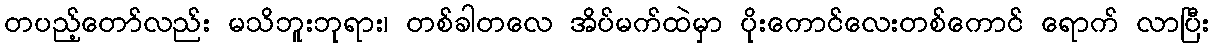
တပည့်တော်လည်း မသိဘူးဘုရား၊ တစ်ခါတလေ အိပ်မက်ထဲမှာ ပိုးကောင်လေးတစ်ကောင် ရောက် လာပြီး